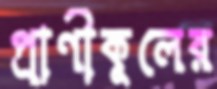
প্রাণীকূলের